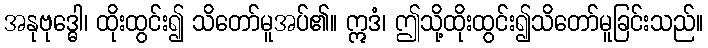
အနုဗုဒ္ဓေါ၊ ထိုးထွင်း၍ သိတော်မူအပ်၏။ ဣဒံ၊ ဤသို့ထိုးထွင်း၍သိတော်မူခြင်းသည်။